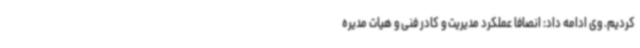
کردیم. وی ادامه داد: انصافا عملکرد مدیریت و کادر فنی و هیات مدیره